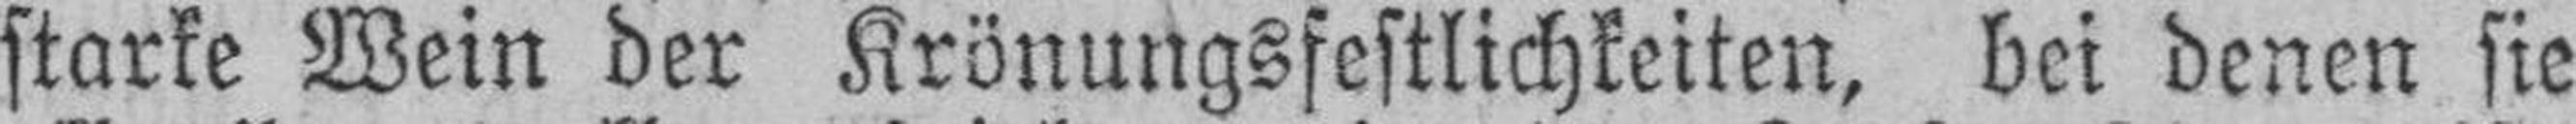
starke Wein der Krönungsfestlichkeiten, bei denen sie